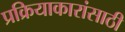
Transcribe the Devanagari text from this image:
प्रक्रियाकारांसाठी